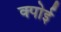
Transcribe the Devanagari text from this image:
क्पोई